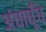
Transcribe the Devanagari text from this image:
अंधाधूँध